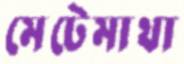
মেটেমাথা